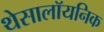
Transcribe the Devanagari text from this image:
थेसालॉयनिक